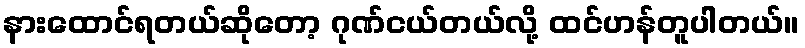
နားထောင်ရတယ်ဆိုတော့ ဂုဏ်ငယ်တယ်လို့ ထင်ဟန်တူပါတယ်။